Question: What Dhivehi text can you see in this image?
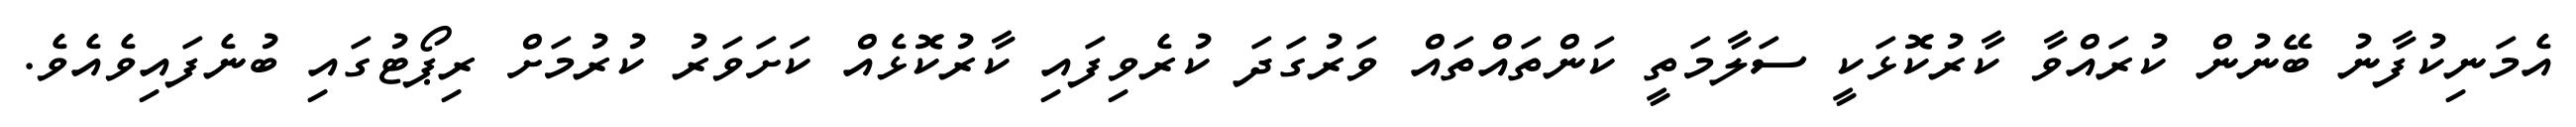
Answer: އެމަނިކުފާނު ބޭނުން ކުރައްވާ ކާރުކޮޅަކީ ސަލާމަތީ ކަންތައްތައް ވަރުގަދަ ކުރެވިފައި ކާރުކޮޅެއް ކަށަވަރު ކުރުމަށް ރިޕޯޓުގައި ބުނެފައިވެއެވެ.